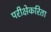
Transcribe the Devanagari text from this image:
परीक्षेकरिता